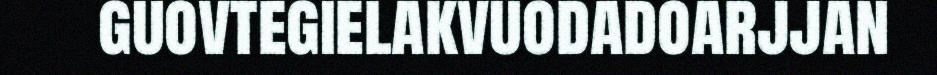
guovtegielakvuodadoarjjan